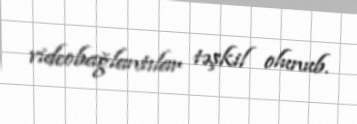
videobağlantılar təşkil olunub.